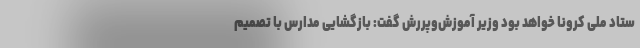
ستاد ملی کرونا خواهد بود وزیر آموزش‌وپررش گفت: بازگشایی مدارس با تصمیم